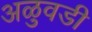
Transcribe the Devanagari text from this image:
अळुवडी